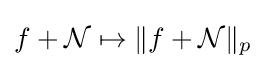
f+{\mathcal {N}}\mapsto \|f+{\mathcal {N}}\|_{p}